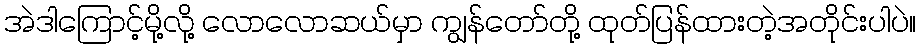
အဲဒါကြောင့်မို့လို့ လောလောဆယ်မှာ ကျွန်တော်တို့ ထုတ်ပြန်ထားတဲ့အတိုင်းပါပဲ။